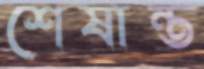
শেষান্ত